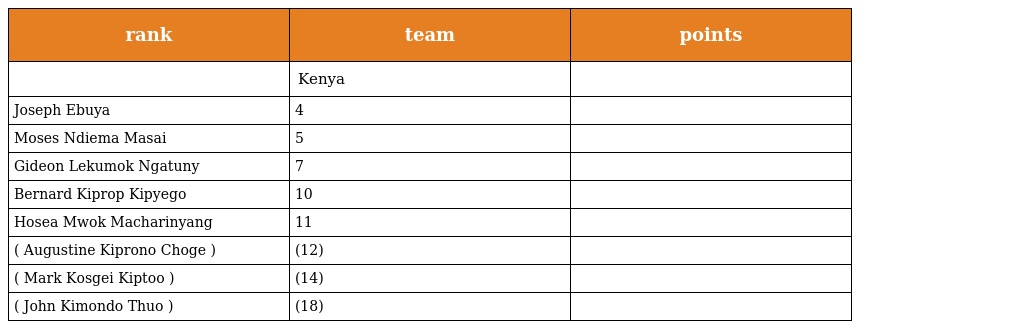
| rank | team | points |
 | --- | --- | --- |
 |  | Kenya |  |
 | Joseph Ebuya | 4 |  |
 | Moses Ndiema Masai | 5 |  |
 | Gideon Lekumok Ngatuny | 7 |  |
 | Bernard Kiprop Kipyego | 10 |  |
 | Hosea Mwok Macharinyang | 11 |  |
 | ( Augustine Kiprono Choge ) | (12) |  |
 | ( Mark Kosgei Kiptoo ) | (14) |  |
 | ( John Kimondo Thuo ) | (18) |  |